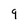
Character: 9